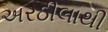
અરઠીલાથી